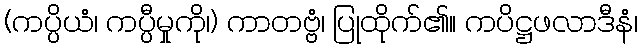
(ကပ္ပိယံ၊ ကပ္ပီမှုကို၊) ကာတဗ္ဗံ၊ ပြုထိုက်၏။ ကပိဋ္ဌဖလာဒီနံ၊